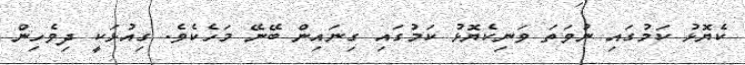
ކެޔޮޅު ކަމުގައި ނުވަތަ ވަނިކެޔޮޅު ކަމުގައި ގިނައިން ބޭނޭ މަހެކެވެ. ގިއުޅަކީ ދިވެހިން